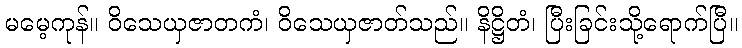
မမေ့ကုန်။ ဝိသေယှဇာတကံ၊ ဝိသေယှဇာတ်သည်။ နိဋ္ဌိတံ၊ ပြီးခြင်းသို့ရောက်ပြီ။